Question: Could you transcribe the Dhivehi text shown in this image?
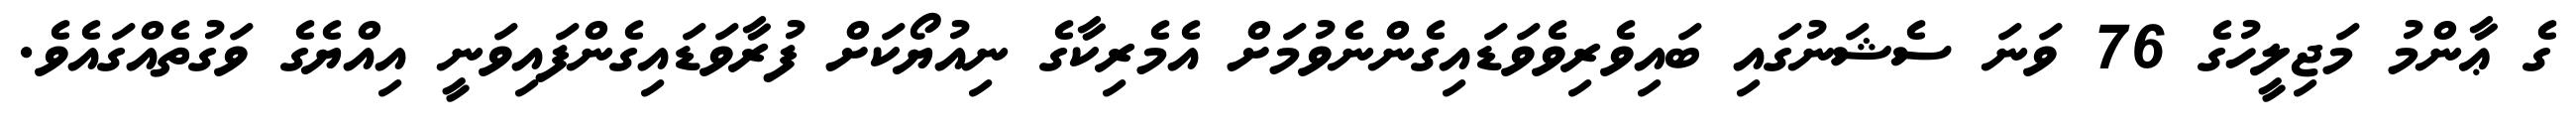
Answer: ގެ ޢާންމު މަޖިލީހުގެ 76 ވަނަ ސެޝަނުގައި ބައިވެރިވެވަޑައިގެންނެވުމަށް އެމެރިކާގެ ނިއުޔޯކަށް ފުރާވަޑައިގެންފައިވަނީ އިއްޔެގެ ވަގުތެއްގައެވެ.